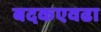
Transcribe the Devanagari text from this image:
बदकएवढा